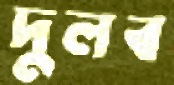
দুলব